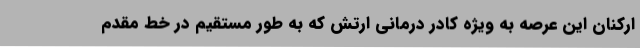
ارکنان این عرصه به ویژه کادر درمانی ارتش که به طور مستقیم در خط مقدم